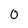
Character: 0